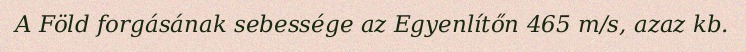
A Föld forgásának sebessége az Egyenlítőn 465 m/s, azaz kb.